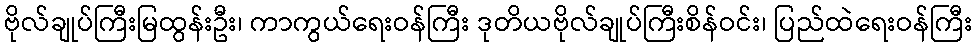
ဗိုလ်ချုပ်ကြီးမြထွန်းဦး၊ ကာကွယ်ရေးဝန်ကြီး ဒုတိယဗိုလ်ချုပ်ကြီးစိန်ဝင်း၊ ပြည်ထဲရေးဝန်ကြီး